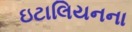
ઇટાલિયનના